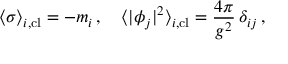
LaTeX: \langle \sigma \rangle _ { i , \mathrm { c l } } = - m _ { i } \, , \quad \langle | \phi _ { j } | ^ { 2 } \rangle _ { i , \mathrm { c l } } = { \frac { 4 \pi } { g ^ { 2 } } } \, \delta _ { i j } \, ,